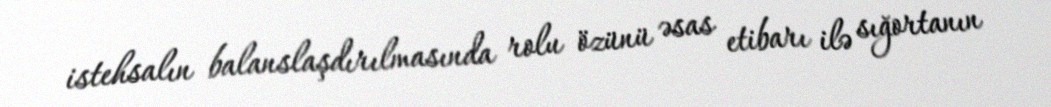
istehsalın balanslaşdırılmasında rolu özünü əsas etibarı ilə sığortanın